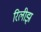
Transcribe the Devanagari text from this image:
रिलीझ